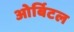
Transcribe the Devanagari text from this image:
ओर्बिटल